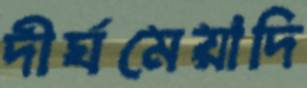
দীর্ঘমেয়াদি